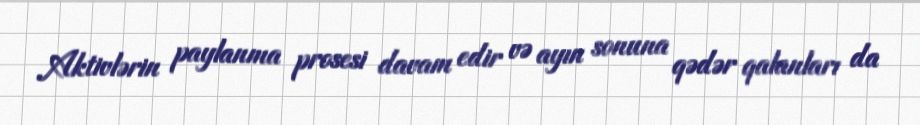
Aktivlərin paylanma prosesi davam edir və ayın sonuna qədər qalanları da